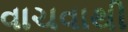
વાચવાથી